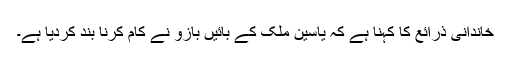
خاندانی ذرائع کا کہنا ہے کہ یاسین ملک کے بائیں بازو نے کام کرنا بند کردیا ہے۔